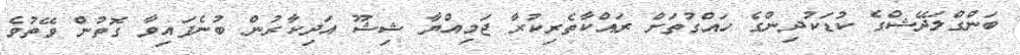
ބަންގްލަދޭޝްގެ ކުޑަކުދިންގެ ހައްގުތަށް ރައްކާތެރިކުރާ ޖަމިއްޔާ ޝިޝޫ އަދިކާރުން ބުނެފައިވާ ގޮތުން ވޭތުވެ